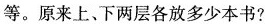
等。原来上、下两层各放多少本书?